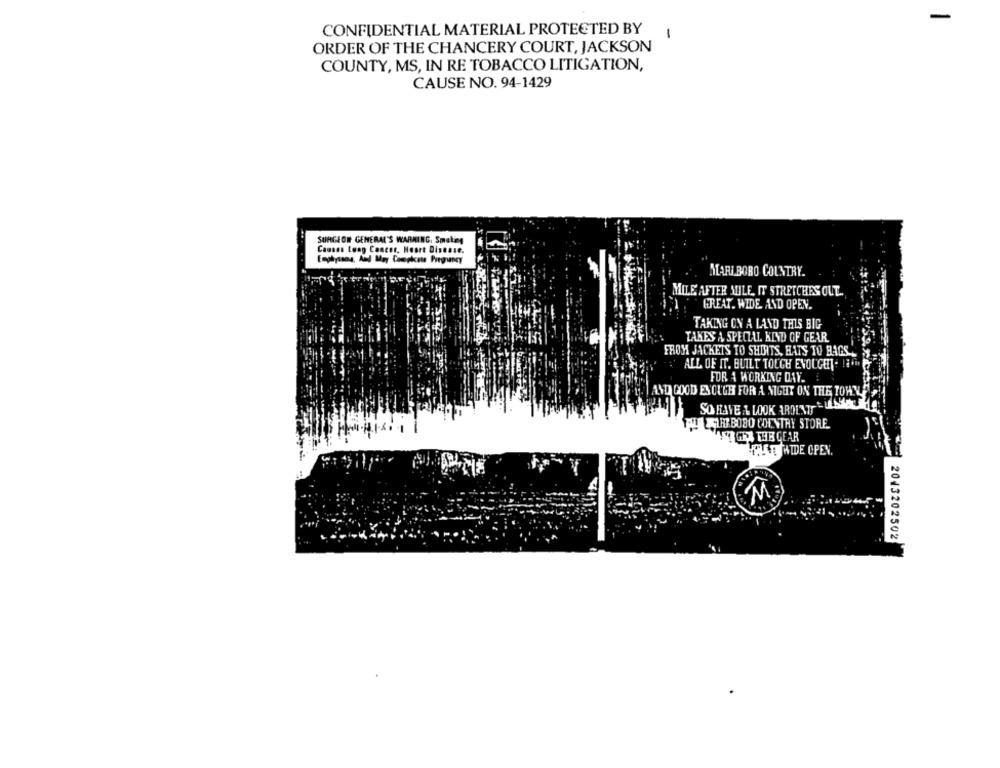
CONFIDENTIAL MATERIAL PROTECTED BY
-
ORDER OF THE CHANCERY COURT, JACKSON
COUNTY, MS, IN RE TOBACCO LITIGATION,
CAUSE NO. 94-1429
SURGEON GENERAL'S WARMING. Smoking
Causes Long Concor, Heart Disease.
Emphysana, And May Complete Preguncy
MARLBORO COUNTRY.
MILE AFTER MILE, IT STRETCHES OUT.
GREAT. WIDE AND OPEN.
TAKING ON A LAND THIS BIG
TAKES A SPECIAL KIND OF GEAR
FROM JACKETS TO SHIRTS, HATS TO BAGS ..
ALL OF IT. BUILT TOUCH EVOUGET . 1.Im
FOR A WORKING DAY.
ANDA GOOD ESCUCH FOR A NIGHT ON THE TOWN
SO HAVE A LOOK ARDENT, 84
PESTREBOBO COUNTRY STORE
TO GTA THE GEAR
HUSETAIDE CPEV.
M
2013202502